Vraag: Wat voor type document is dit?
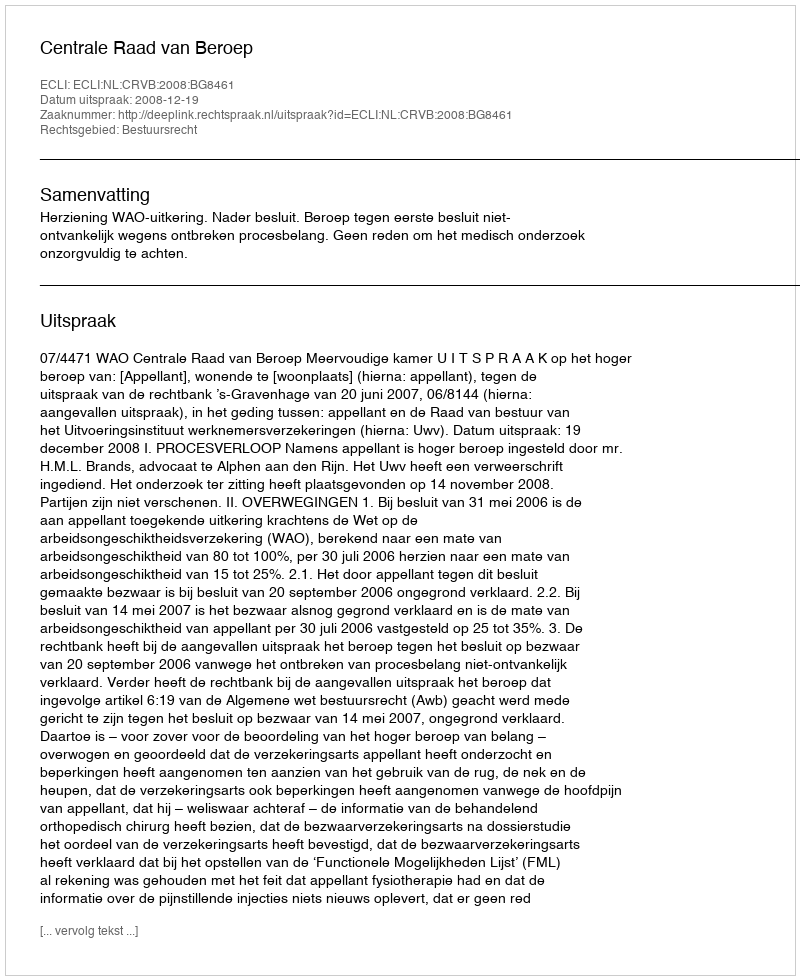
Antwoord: Uitspraak